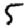
Digit: 5